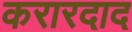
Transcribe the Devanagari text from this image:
करारदाद